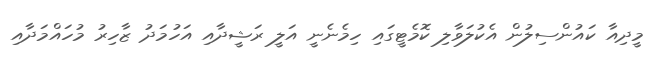
މީދިއާ ކައުންސިލުން އެކުލަވާލި ކޮމެޓީގައި ހިމެނެނީ އަލީ ރަޝީދާއި އަހުމަދު ޒާހިރު މުހައްމަދާއި